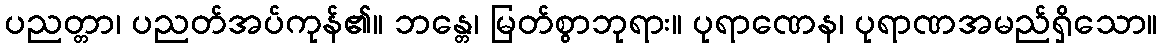
ပညတ္တာ၊ ပညတ်အပ်ကုန်၏။ ဘန္တေ၊ မြတ်စွာဘုရား။ ပုရာဏေန၊ ပုရာဏအမည်ရှိသော။